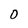
Character: 0